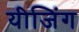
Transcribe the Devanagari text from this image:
यीजिंग